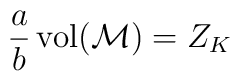
\frac{a}{b}\,{\rm vol}({\cal M})=Z_K